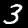
Label: 3